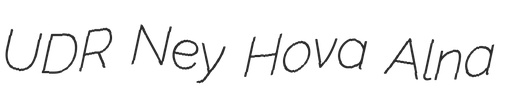
UDR Ney Hova Alna